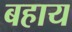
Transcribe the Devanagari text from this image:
बहाय